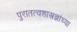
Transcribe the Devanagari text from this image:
पुरातत्वशास्त्रज्ञांच्या